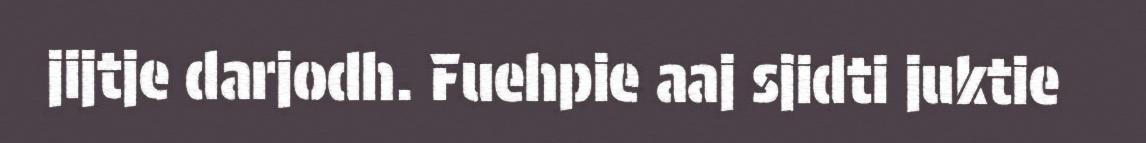
jijtje darjodh. Fuehpie aaj sjidti juktie